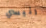
رئيسي